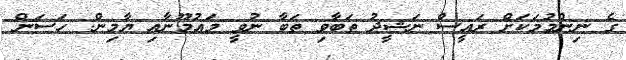
ގެ ނިންމުމަކަށް ރައީސް ނަޝީދު ތަބާވި ތަބާ ނުވީ މައުމޫނާއި ޔާމިން: ހަސަން